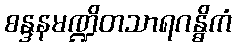
စန္ဒနမဏ္ဍိတသာရဂန္ဓိကံ